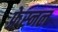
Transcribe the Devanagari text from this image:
फ्रेस्नल